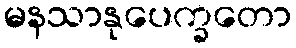
မနသာနုပေက္ခတော